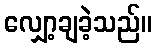
လျှော့ချခဲ့သည်။